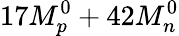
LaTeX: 17M_{p}^{0}+42M_{n}^{0}